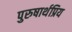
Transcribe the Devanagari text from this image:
पुरुषार्थप्रिय